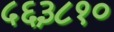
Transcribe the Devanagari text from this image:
५६३८१०